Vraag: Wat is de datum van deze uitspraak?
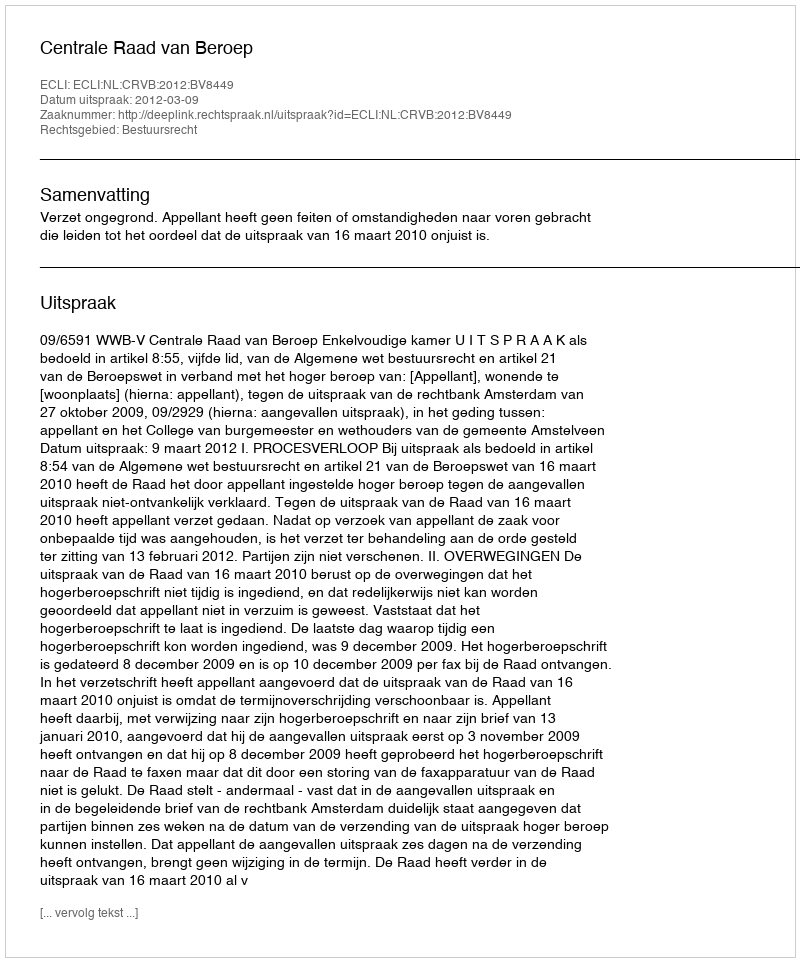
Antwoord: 2012-03-09